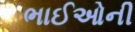
ભાઈઓની